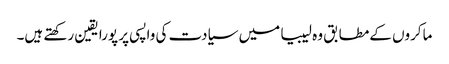
ماکروں کےمطابق وہ لیبیا میں سیادت کی واپسی پر پورا یقین رکھتے ہیں۔